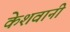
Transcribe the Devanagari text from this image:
केशवानी